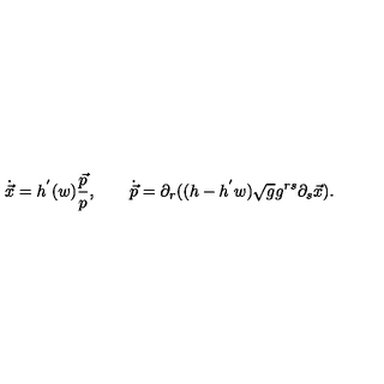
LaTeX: \dot { \vec { x } } = h ^ { ' } ( w ) \frac { \vec { p } } { p } , \qquad \dot { \vec { p } } = \partial _ { r } ( ( h - h ^ { ' } w ) \sqrt { g } g ^ { r s } \partial _ { s } \vec { x } ) .